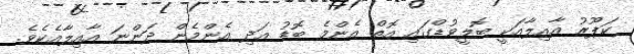
ކަޕޫރު އާއިލާއަކީ ބޮލީވުޑްގައި އޮތް އެންމެ ބޮޑު އަދި އެންމެން ދަންނަ އާއިލާއެކެވެ.